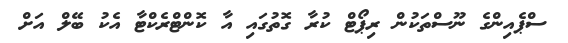
ސްޕެއިންގެ ނޫސްތަކުން ރިޕޯޓް ކުރާ ގޮތުގައި އާ ކޮންޓްރެކްޓާ އެކު ބޭލް އަށް